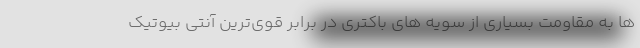
ها به مقاومت بسیاری از سویه های باکتری در برابر قوی‌ترین آنتی بیوتیک